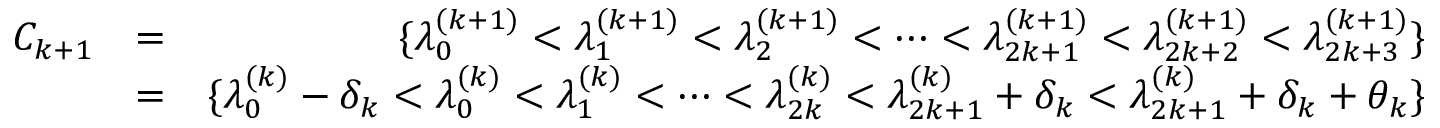
\begin{array} { r l r } { C _ { k + 1 } } & { = } & { \{ \lambda _ { 0 } ^ { ( k + 1 ) } < \lambda _ { 1 } ^ { ( k + 1 ) } < \lambda _ { 2 } ^ { ( k + 1 ) } < \cdots < \lambda _ { 2 k + 1 } ^ { ( k + 1 ) } < \lambda _ { 2 k + 2 } ^ { ( k + 1 ) } < \lambda _ { 2 k + 3 } ^ { ( k + 1 ) } \} } \\ & { = } & { \{ \lambda _ { 0 } ^ { ( k ) } - \delta _ { k } < \lambda _ { 0 } ^ { ( k ) } < \lambda _ { 1 } ^ { ( k ) } < \cdots < \lambda _ { 2 k } ^ { ( k ) } < \lambda _ { 2 k + 1 } ^ { ( k ) } + \delta _ { k } < \lambda _ { 2 k + 1 } ^ { ( k ) } + \delta _ { k } + \theta _ { k } \} } \end{array}